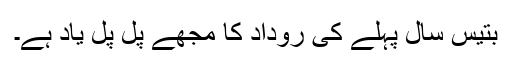
بتیس سال پہلے کی روداد کا مجھے پل پل یاد ہے۔